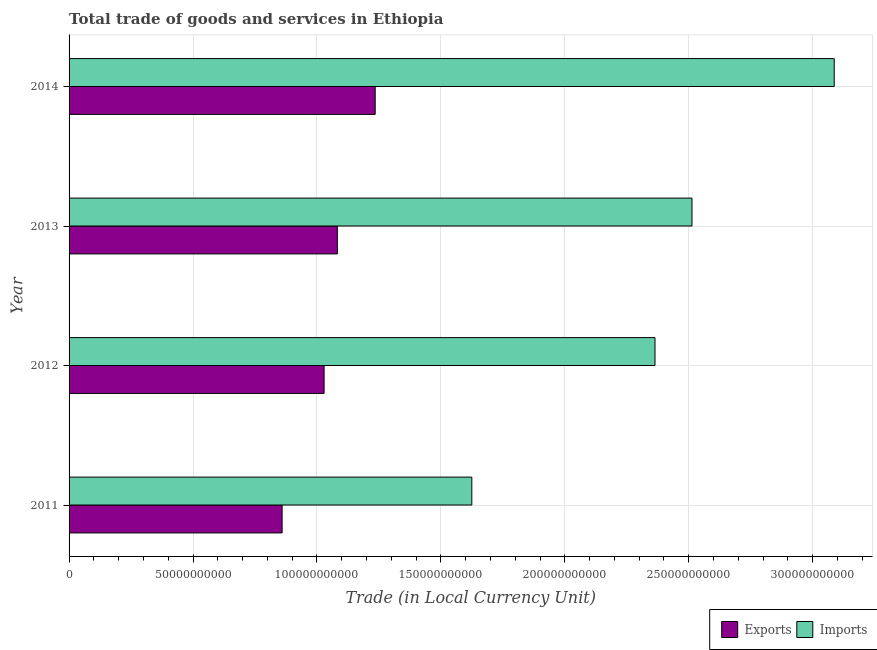
| Year | Exports | Imports |
 | --- | --- | --- |
 | 2011 | 8.6e+10 | 1.62e+11 |
 | 2012 | 1.03e+11 | 2.36e+11 |
 | 2013 | 1.08e+11 | 2.51e+11 |
 | 2014 | 1.23e+11 | 3.09e+11 |